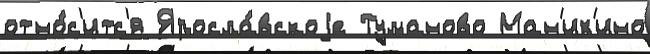
отно́с'итс'я Яросла́вскоjе Туманово Ман'их'ино